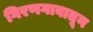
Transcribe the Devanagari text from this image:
गिरणगावातून